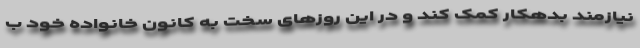
نیازمند بدهکار کمک کند و در این روزهای سخت به کانون خانواده خود ب